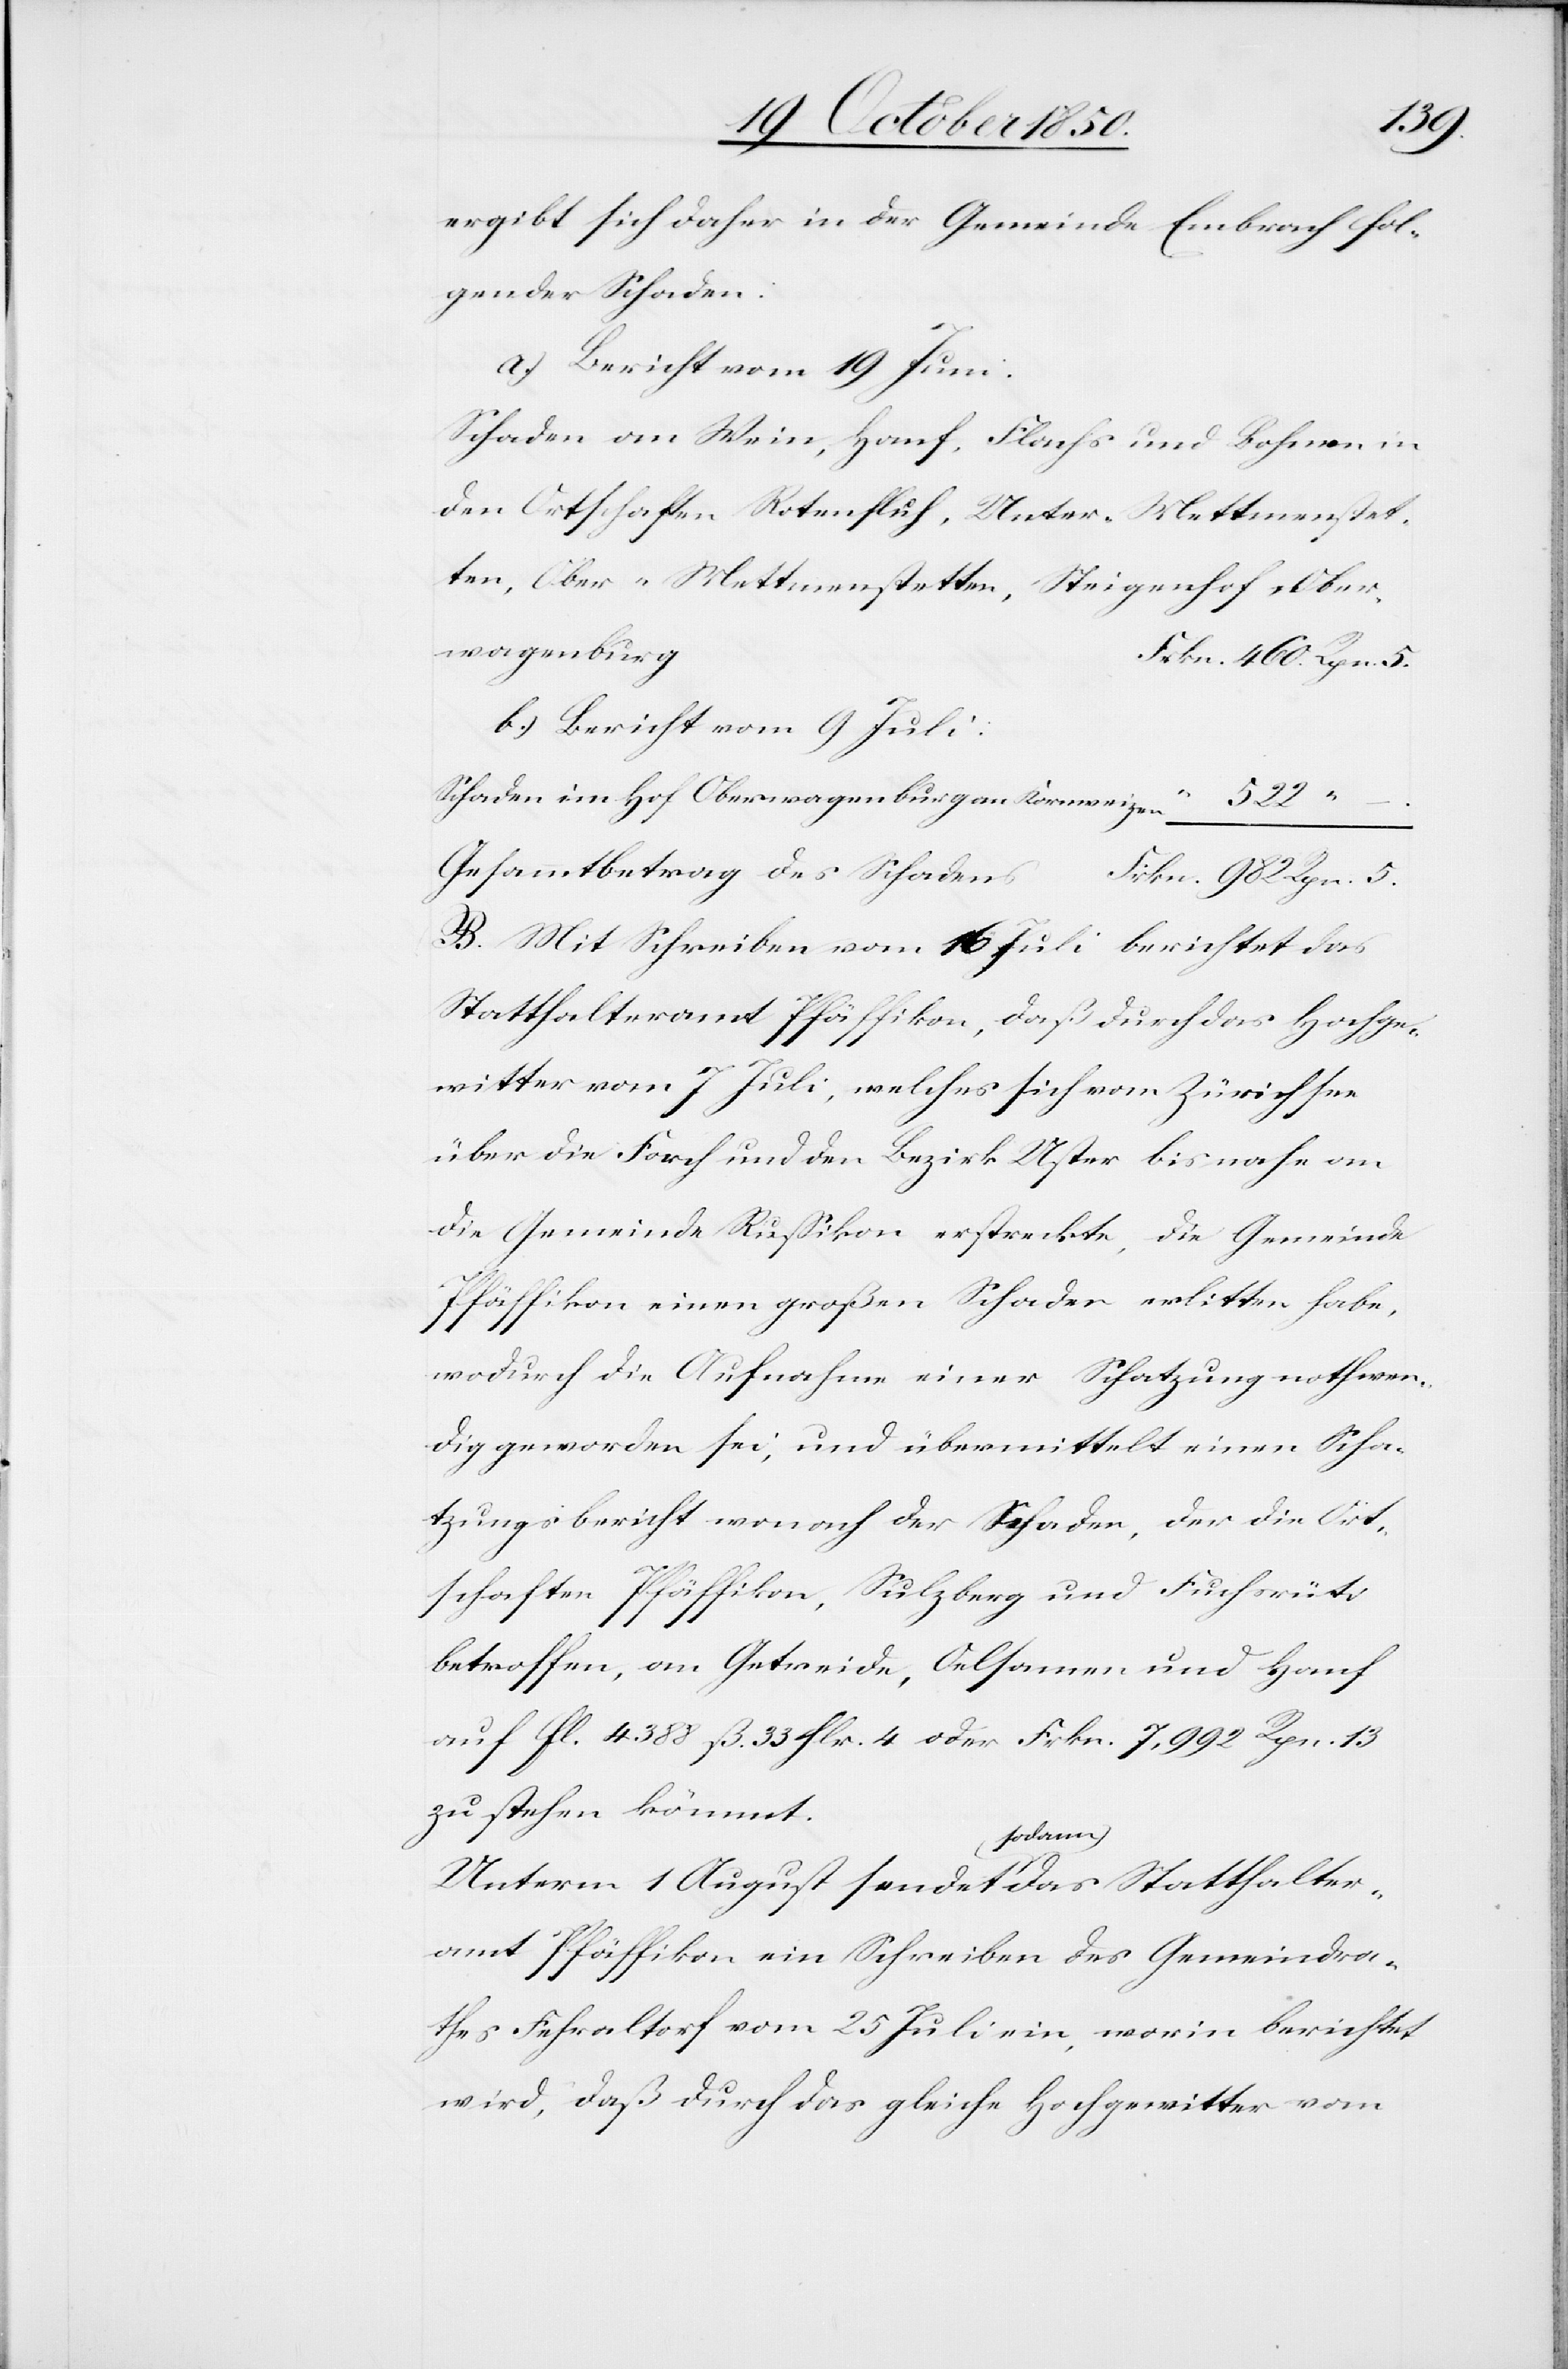
Rpn.
ergibt sich daher in der Gemeinde Embrach fol¬
gender Schaden:
a) Bericht vom 19 Juni.
Schaden an Wein, Hanf, Flachs und Bohnen in
den Ortschaften Rotenfluh, Unter-Mettmenstet¬
ten, Ober-Mettmenstetten, Steigenhof, Ober¬
wagenbur¬
rkn. 460. Rpn. 5
b.) Bericht vom 9 Juli:
Schaden im Hof Oberwagenburg an Kornweizen
B. Mit Schreiben vom 16 Juli berichtet das
Statthalteramt Pfäffikon, daß durch das Hochge¬
witter vom 7 Juli, welches sich vom Zürichsee
über die Forch und den Bezirk Uster bis nahe an
die Gemeinde Russikon erstreckte, die Gemeinde
Pfäffikon einen großen Schaden erlitten habe,
5.
wodurch die Aufnahme einer Schatzung nothwen¬
dig geworden sei, und übermittelt einen Scha¬
tzungsbericht wonach der Schaden, der die Ort¬
schaften Pfäffikon, Sulzberg und Fuchsrüti
522
–
betroffen, am Getreide, Oelsamen und Hanf
auf fl. 4388 ß. 33 hlr. 4 oder Frkn. 7,992 Rpn. 13
zu stehen kömmt.
Unterm 1 August sendet sodann das Statthalter¬
amt Pfäffikon ein Schreiben des Gemeindra¬
thes Fehraltorf vom 25 Juli ein, worin berichtet
wird, daß durch das gleiche Hochgewitter vom